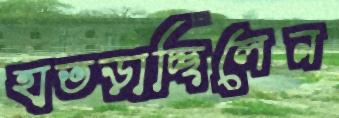
হাতড়াচ্ছিলেন